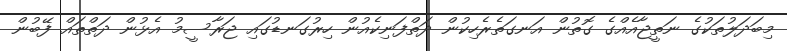
މިބަދަލުތަކުގެ ނަތީޖާއެއްގެ ގޮތުން އަނގަތެރެހިކުން ދަތްފަނިކެއުން ހިރުގަނޑުގައި ޖަރާސީމު އެޅުން ދަތްތައް ފޭބުން